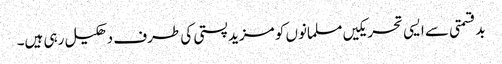
بدقسمتی سے ایسی تحریکیں مسلمانوں کو مزید پستی کی طرف دھکیل رہی ہیں۔